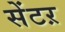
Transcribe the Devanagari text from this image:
सेंटऱ